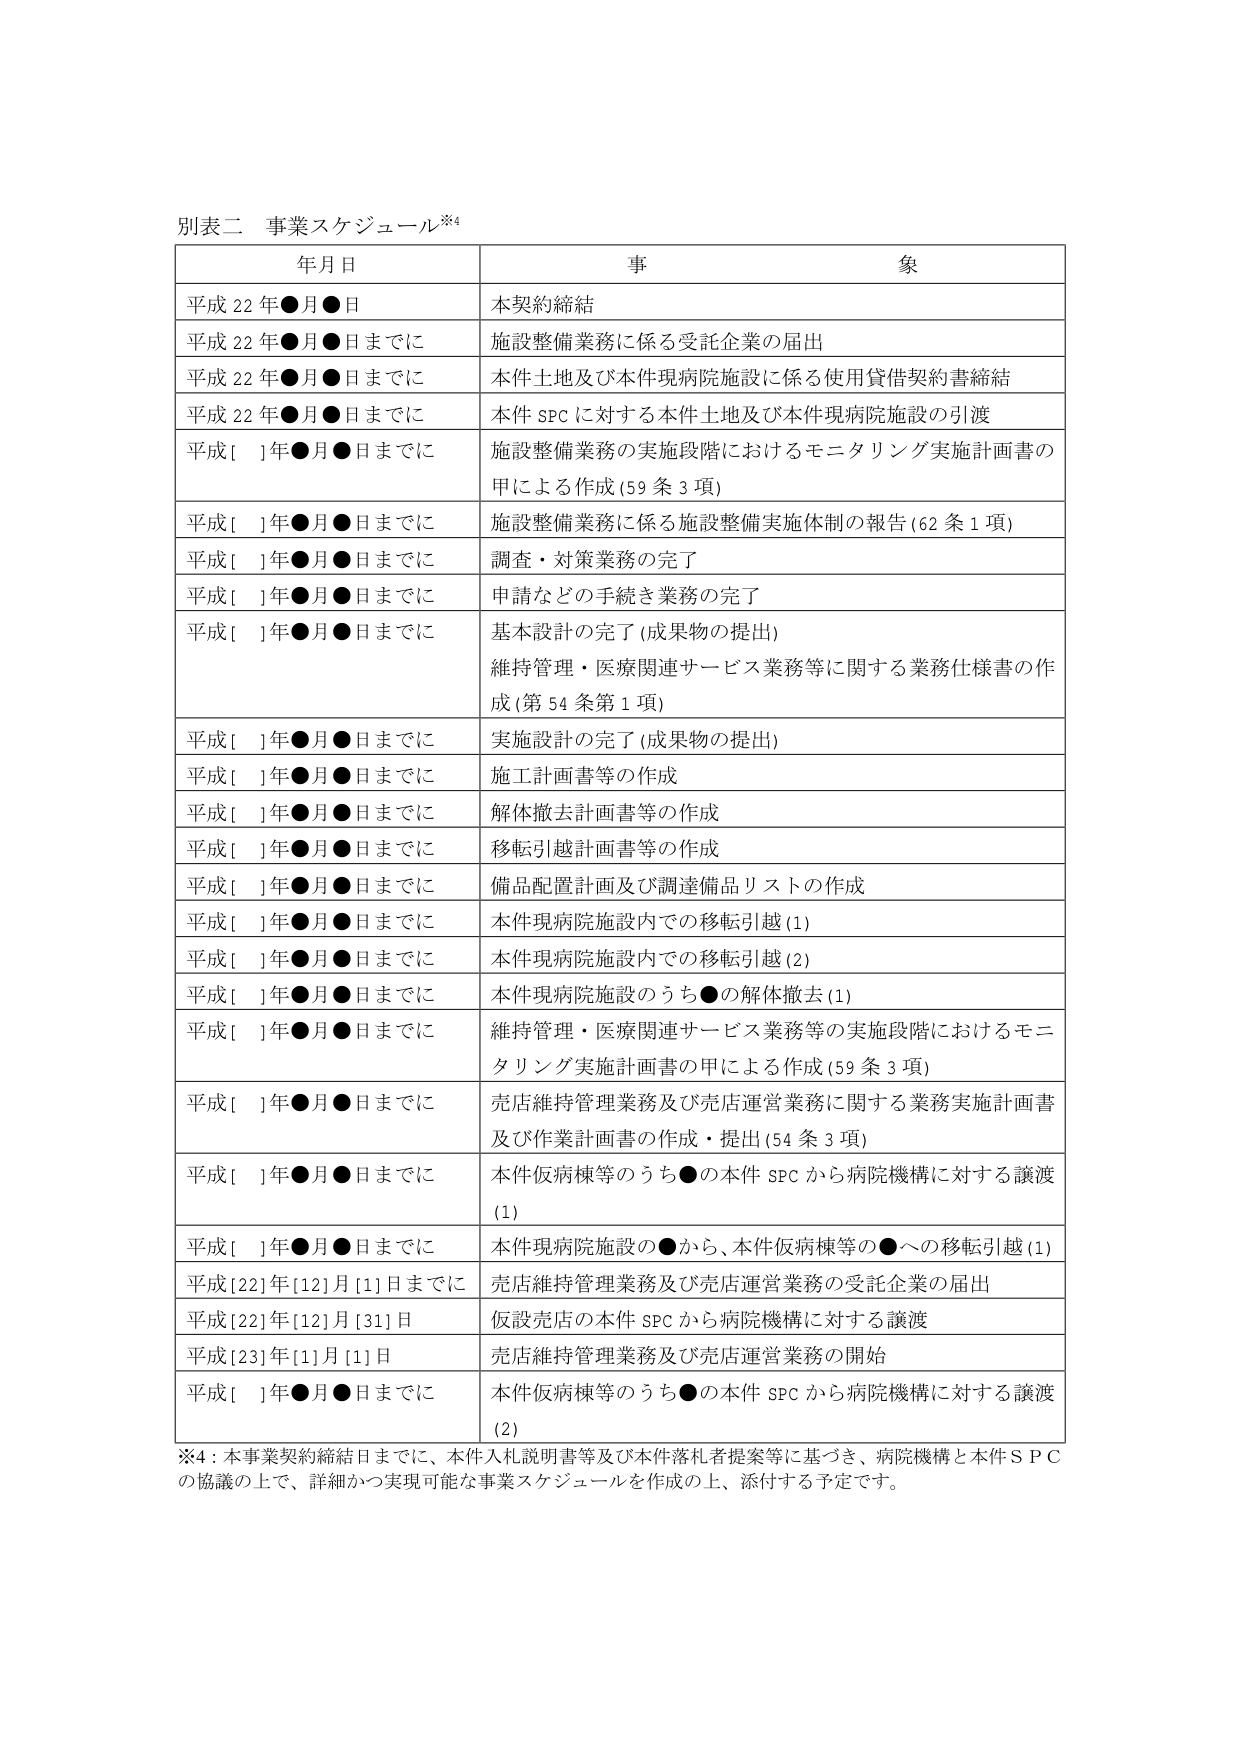
別表二 事業スケジュール※4

年月日 事 象

平成22年●月●日 本契約締結

平成22年●月●日までに 施設整備業務に係る受託企業の届出

平成22年●月●日までに 本件土地及び本件現病院施設に係る使用貸借契約書締結

平成22年●月●日までに 本件SPCに対する本件土地及び本件現病院施設の引渡

平成[ ]年●月●日までに 施設整備業務の実施段階におけるモニタリング実施計画書の甲による作成(59条3項)

平成[ ]年●月●日までに 施設整備業務に係る施設整備実施体制の報告(62条1項)

平成[ ]年●月●日までに 調査・対策業務の完了

平成[ ]年●月●日までに 申請などの手続き業務の完了

平成[ ]年●月●日までに 基本設計の完了(成果物の提出)
維持管理・医療関連サービス業務等に関する業務仕様書の作成(第54条第1項)

平成[ ]年●月●日までに 実施設計の完了(成果物の提出)

平成[ ]年●月●日までに 施工計画書等の作成

平成[ ]年●月●日までに 解体撤去計画書等の作成

平成[ ]年●月●日までに 移転引越計画書等の作成

平成[ ]年●月●日までに 備品配置計画及び調達備品リストの作成

平成[ ]年●月●日までに 本件現病院施設内での移転引越(1)

平成[ ]年●月●日までに 本件現病院施設内での移転引越(2)

平成[ ]年●月●日までに 本件現病院施設のうち●の解体撤去(1)

平成[ ]年●月●日までに 維持管理・医療関連サービス業務等の実施段階におけるモニタリング実施計画書の甲による作成(59条3項)

平成[ ]年●月●日までに 売店維持管理業務及び売店運営業務に関する業務実施計画書及び作業計画書の作成・提出(54条3項)

平成[ ]年●月●日までに 本件仮病棟等のうち●の本件SPCから病院機構に対する譲渡(1)

平成[ ]年●月●日までに 本件現病院施設の●から、本件仮病棟等の●への移転引越(1)

平成[22]年[12]月[1]日までに 売店維持管理業務及び売店運営業務の受託企業の届出

平成[22]年[12]月[31]日 仮設売店の本件SPCから病院機構に対する譲渡

平成[23]年[1]月[1]日 売店維持管理業務及び売店運営業務の開始

平成[ ]年●月●日までに 本件仮病棟等のうち●の本件SPCから病院機構に対する譲渡(2)

※4：本事業契約締結日までに、本件入札説明書等及び本件落札者提案等に基づき、病院機構と本件SPCの協議の上で、詳細かつ実現可能な事業スケジュールを作成の上、添付する予定です。